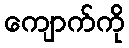
ကျောက်ကို